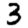
Digit: 3